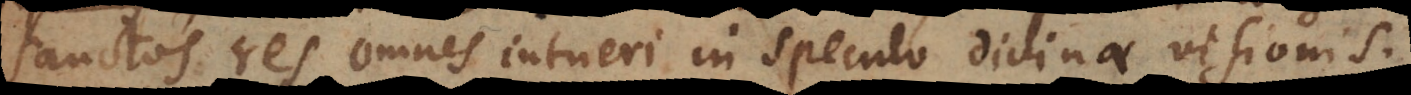
sanctos res omnes intueri in speculo divinae visionis.